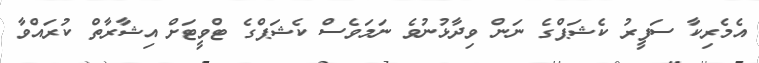
އެމެރިކާ ސަފީރު ކެޝަޕްގެ ނަން ވިދާޅުނުވެ ނަމަވެސް ކެޝަޕްގެ ޓްވީޓަށް އިޝާރާތް ކުރައްވާ